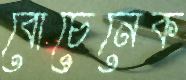
বোচেনেক